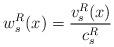
LaTeX: \begin{align*}w_s^R(x) = \frac{v_s^R(x)}{c_s^R}\end{align*}